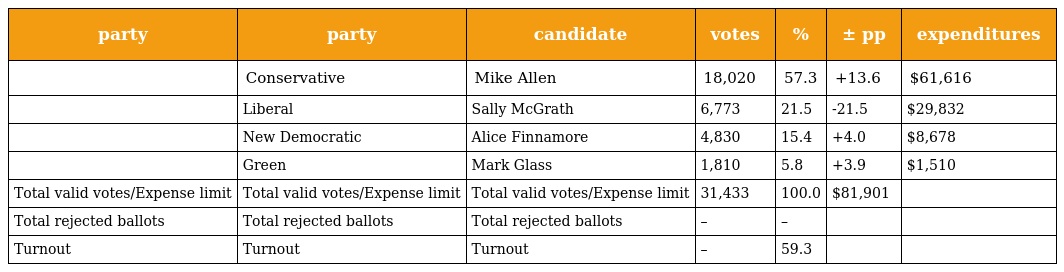
| party | party | candidate | votes | % | ± pp | expenditures |
 | --- | --- | --- | --- | --- | --- | --- |
 |  | Conservative | Mike Allen | 18,020 | 57.3 | +13.6 | $61,616 |
 |  | Liberal | Sally McGrath | 6,773 | 21.5 | -21.5 | $29,832 |
 |  | New Democratic | Alice Finnamore | 4,830 | 15.4 | +4.0 | $8,678 |
 |  | Green | Mark Glass | 1,810 | 5.8 | +3.9 | $1,510 |
 | Total valid votes/Expense limit | Total valid votes/Expense limit | Total valid votes/Expense limit | 31,433 | 100.0 | $81,901 |  |
 | Total rejected ballots | Total rejected ballots | Total rejected ballots | – | – |  |  |
 | Turnout | Turnout | Turnout | – | 59.3 |  |  |